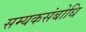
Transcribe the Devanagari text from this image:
सम्यकसंबोधि